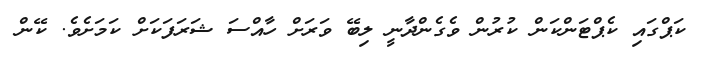
ކަޕްގައި ކެޕްޓަންކަން ކުރުން ވެގެންދާނީ ލިބޭ ވަރަށް ހާއްސަ ޝަރަފަކަށް ކަމަށެވެ. ކޭން